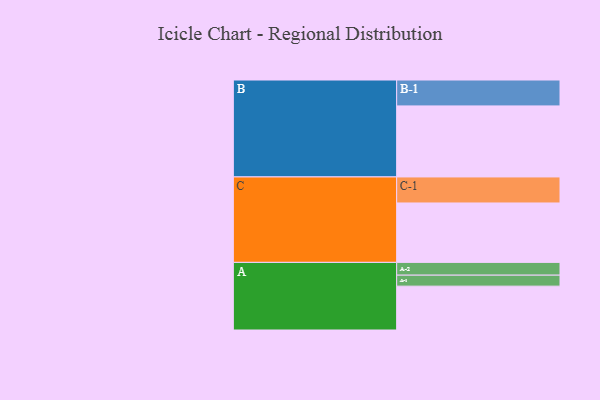
{"axis": {"x": "Segment", "y": "Value"}, "legend": ["", "A", "B", "C"], "data": [{"x": "A", "y": 347, "type": ""}, {"x": "B", "y": 562, "type": ""}, {"x": "C", "y": 470, "type": ""}, {"x": "A-1", "y": 87, "type": "A"}, {"x": "A-2", "y": 101, "type": "A"}, {"x": "B-1", "y": 205, "type": "B"}, {"x": "C-1", "y": 206, "type": "C"}]}